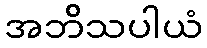
အဘိသပါယံ